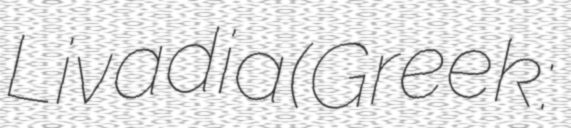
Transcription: Livadia (Greek: